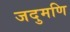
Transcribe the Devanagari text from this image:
जदुमणि